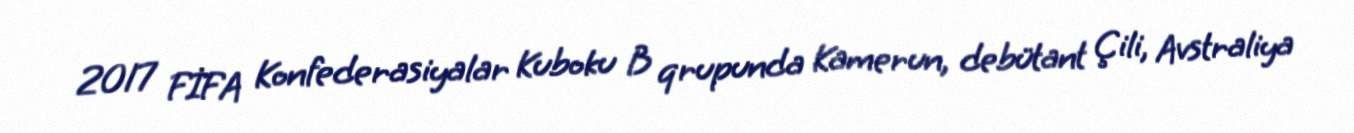
2017 FİFA Konfederasiyalar Kuboku B qrupunda Kamerun, debütant Çili, Avstraliya